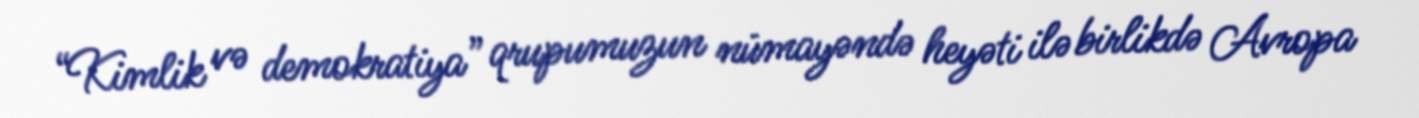
“Kimlik və demokratiya” qrupumuzun nümayəndə heyəti ilə birlikdə Avropa